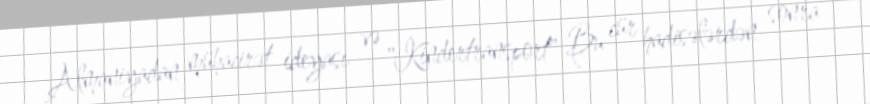
Almaniyadan mühacirət ideyası və "Kindertransport" Bu cür hadisələrdən sonra